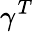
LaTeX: \gamma^{T}